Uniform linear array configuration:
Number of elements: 64
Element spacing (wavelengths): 0.5
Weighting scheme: hann
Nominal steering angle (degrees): -45
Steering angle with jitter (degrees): -45.203
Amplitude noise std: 0.05
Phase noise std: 0.05

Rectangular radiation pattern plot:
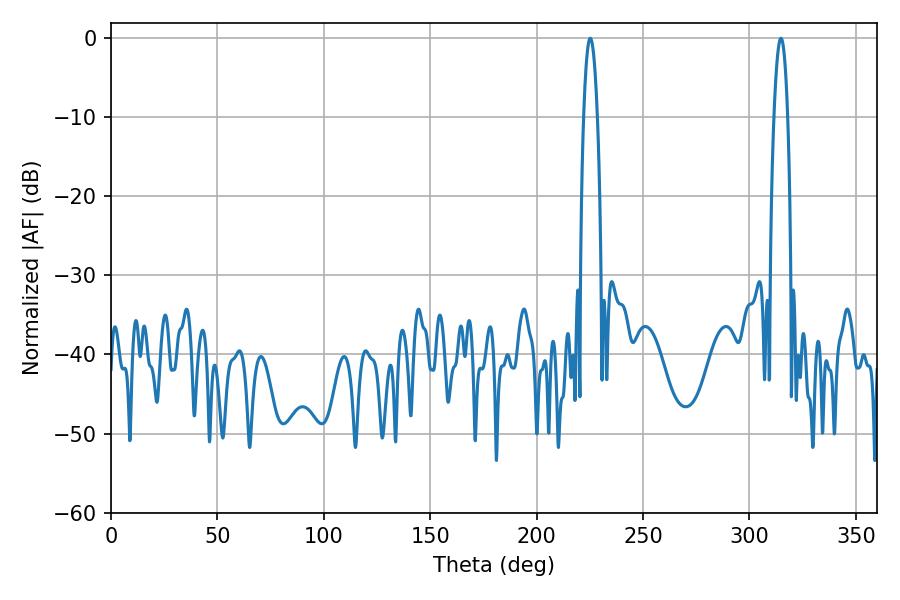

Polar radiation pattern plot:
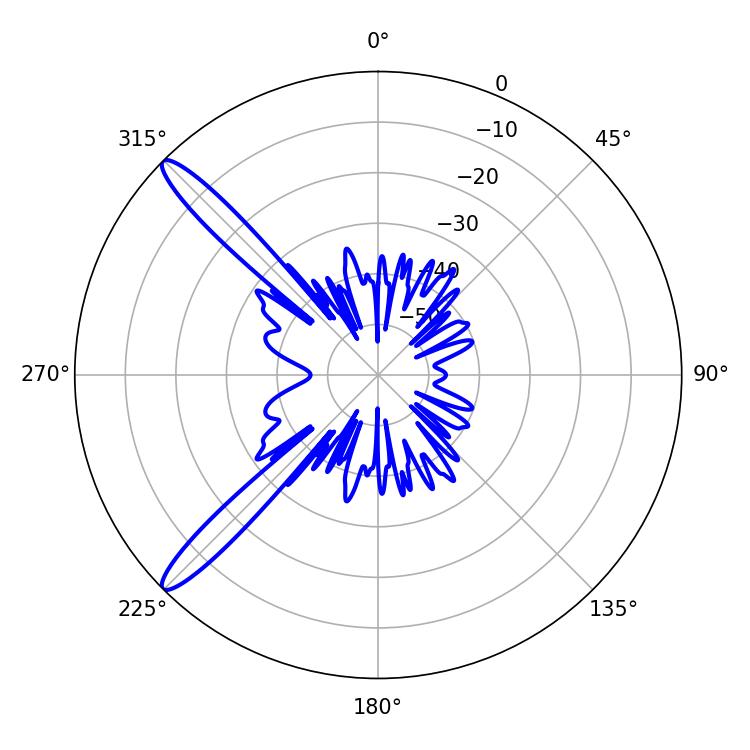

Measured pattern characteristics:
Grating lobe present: FALSE
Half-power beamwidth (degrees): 3.6
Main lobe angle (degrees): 225.18